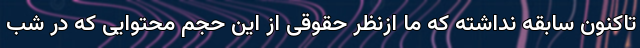
تاکنون سابقه نداشته که ما ازنظر حقوقی از این حجم محتوایی که در شب